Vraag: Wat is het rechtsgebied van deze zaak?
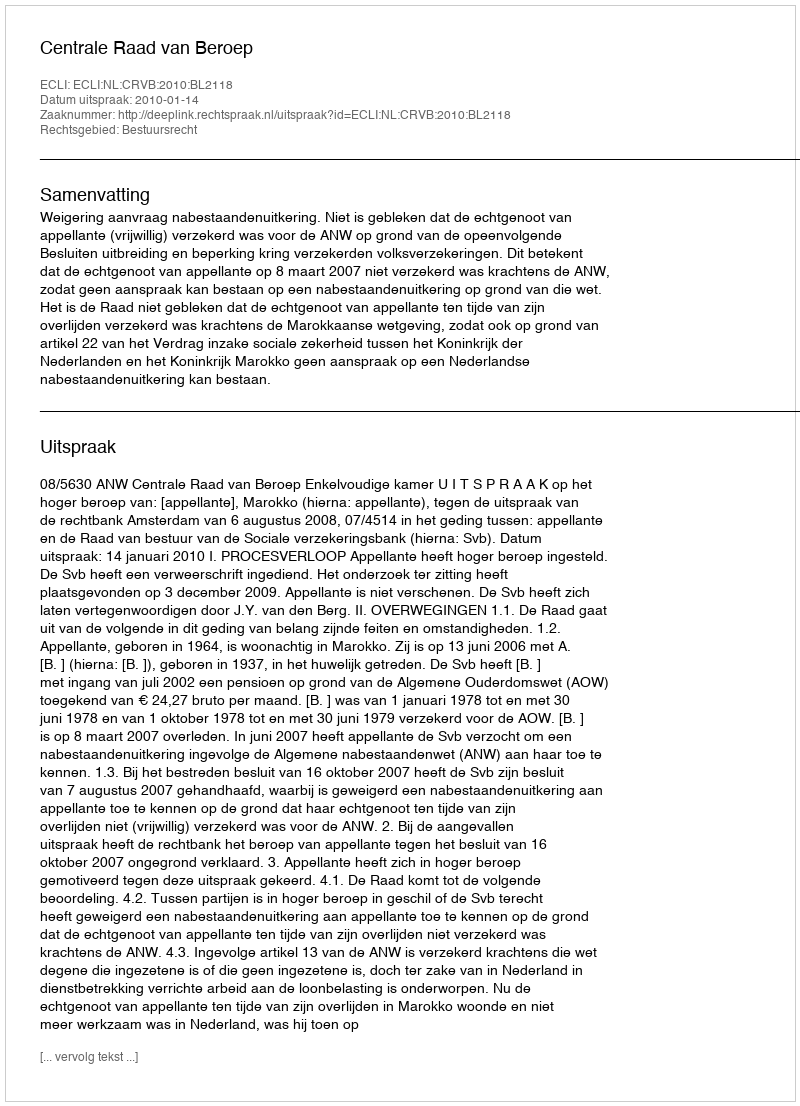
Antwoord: Bestuursrecht